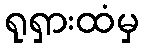
ရုရှားထံမှ